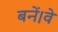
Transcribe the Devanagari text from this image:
बनें।वे